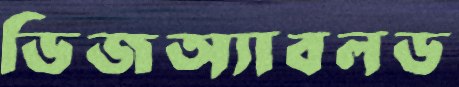
ডিজঅ্যাবলড